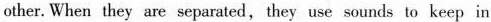
other. When they are separated,they use sounds to keep in